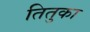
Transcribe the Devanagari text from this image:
तितुका